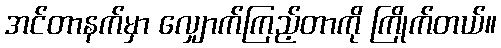
အင်တာနက်မှာ လျှောက်ကြည့်တာကို ကြိုက်တယ်။